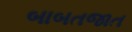
બાબતજાત